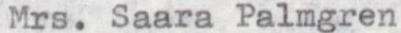
Mrs. Saara Palmgren